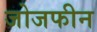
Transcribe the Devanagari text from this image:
जोजफीन